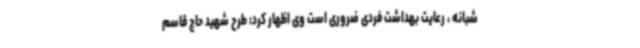
شبانه ، رعایت بهداشت فردی ضروری است وی اظهار کرد: طرح شهید حاج قاسم